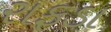
રાફડા